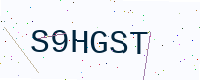
Text: S9HGST